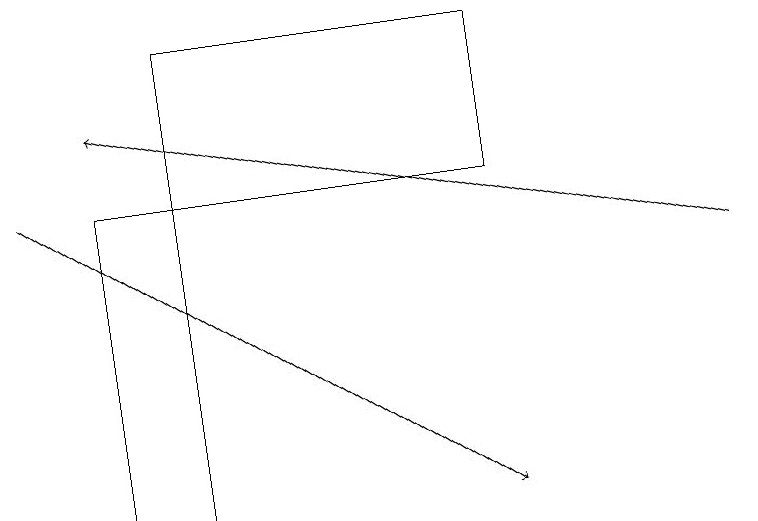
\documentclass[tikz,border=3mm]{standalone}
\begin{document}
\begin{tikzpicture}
\draw (2,17) rectangle (1,13);
\draw[->] (0,17) -- (6,13);
\draw (6,17) rectangle (2,19);
\draw[->] (9,16) -- (1,18);
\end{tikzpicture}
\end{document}